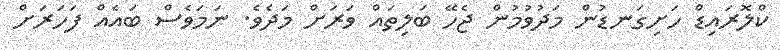
ކްލޮރައިޑް ހަށިގަނޑުން މަދުވުމުން ޖެހޭ ބަލިތައް ވަރަށް މަދެވެ. ނަމަވެސް ބައެއް ފަހަރަށް